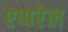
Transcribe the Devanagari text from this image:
एप्परेल